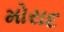
મોરાદ